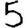
Digit: 5